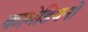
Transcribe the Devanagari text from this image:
कामेडियनों